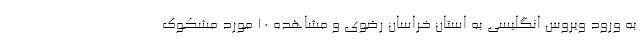
به ورود ویروس انگلیسی به استان خراسان رضوی و مشاهده ۱۰ مورد مشکوک